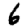
Digit: 6